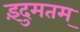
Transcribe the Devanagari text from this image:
इंदुमतम्